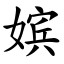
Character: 嫔